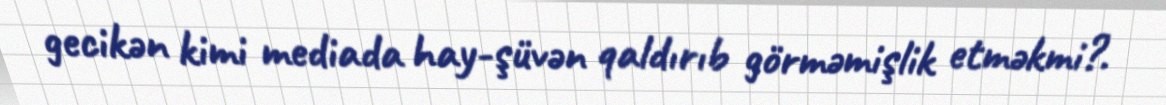
gecikən kimi mediada hay-şüvən qaldırıb görməmişlik etməkmi?.